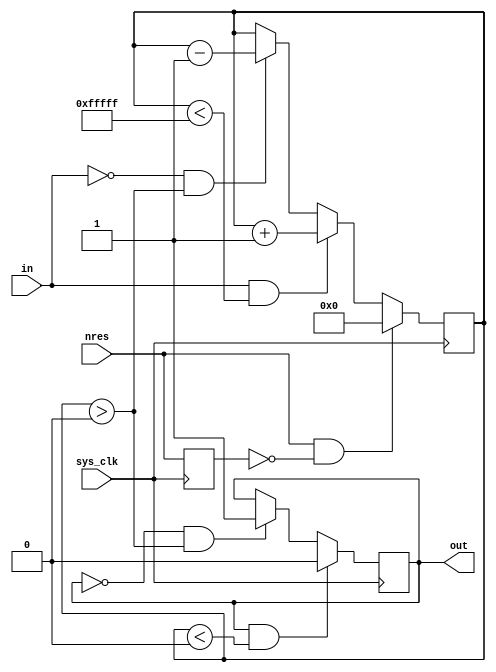
module input_filter
(
	in,
	out,
	
	sys_clk,
	nres
);

input		in;
output		out;
	
input		sys_clk;
input		nres;

reg		last_nres;
reg		out;
reg	[19:0]	state;
always@(posedge sys_clk)
begin
	if (nres == 1 && last_nres == 0)
		state <= 20'h800000;
	else if (in == 1 && state < 20'hFFFFFF)
		state <= state + 1;
	else if (in == 0 && state > 20'h000000)
		state <= state - 1;
	last_nres <= nres;
	
	if (out == 1 && state < 20'h400000)
		out <= 0;
	else if (out == 0 && state > 20'hC00000)
		out <= 1;
end


endmodule